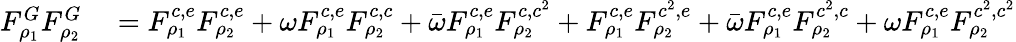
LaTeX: \begin{array}{rl}{F_{\rho_{1}}^{G}F_{\rho_{2}}^{G}}&{{}=F_{\rho_{1}}^{c,e}F_{\rho_{2}}^{c,e}+\omega F_{\rho_{1}}^{c,e}F_{\rho_{2}}^{c,c}+\bar{\omega}F_{\rho_{1}}^{c,e}F_{\rho_{2}}^{c,c^{2}}+F_{\rho_{1}}^{c,e}F_{\rho_{2}}^{c^{2},e}+\bar{\omega}F_{\rho_{1}}^{c,e}F_{\rho_{2}}^{c^{2},c}+\omega F_{\rho_{1}}^{c,e}F_{\rho_{2}}^{c^{2},c^{2}}}\end{array}